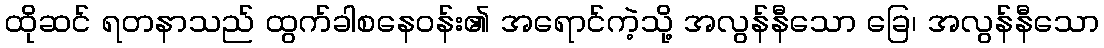
ထိုဆင် ရတနာသည် ထွက်ခါစနေဝန်း၏ အရောင်ကဲ့သို့ အလွန်နီသော ခြေ၊ အလွန်နီသော